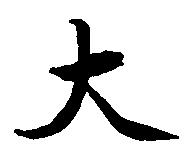
大